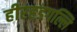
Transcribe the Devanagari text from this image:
हीरहडगल्लि